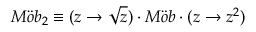
M \ddot { o } b _ { 2 } \equiv ( z \rightarrow \sqrt { z } ) \cdot M \ddot { o } b \cdot ( z \rightarrow z ^ { 2 } )